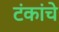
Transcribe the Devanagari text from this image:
टंकांचे